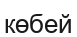
көбей